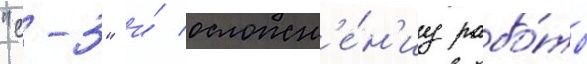
"с-3" и́ осложн'е́н'иу рабо́ты